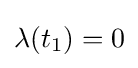
\mathbf {\lambda } (t_{1})=0